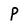
Character: p